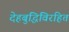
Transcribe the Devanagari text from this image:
देहबुद्धिविरहित